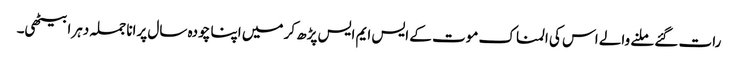
رات گئے ملنے والے اس کی المناک موت کے ایس ایم ایس پڑھ کر میں اپنا چودہ سال پرانا جملہ دہرا بیٹھی۔